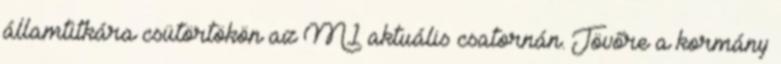
államtitkára csütörtökön az M1 aktuális csatornán. Jövőre a kormány